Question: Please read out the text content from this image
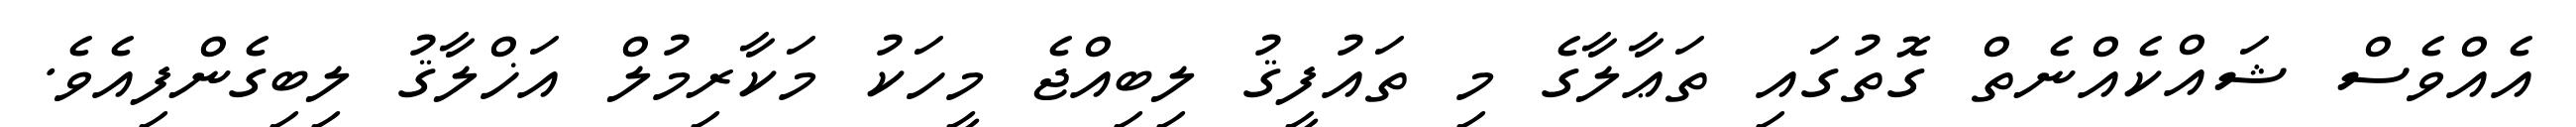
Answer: އެއްވެސް ޝައްކެއްނެތް ގޮތުގައި ތަޢާލާގެ މި ތައުފީޤު ލިބިއްޖެ މީހަކު މަކާރިމުލް އަޚްލާޤު ލިބިގެންފިއެވެ.